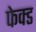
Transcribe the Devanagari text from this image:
फेक्ड